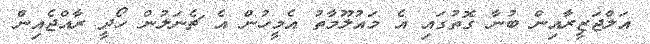
އަލްޖަޒީރާއިން ބުނާ ގޮތުގައި އެ މައުލޫމާތު އެމީހުން އެ ޗެނަލުން ހޯދީ ރާއްޖެއިން